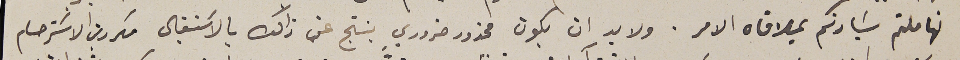
تهاملتم سَيادتكم بملاقاه الامر. ولا بد ان يكون محذور ضروري ينتج عن ذالك بالآسَتقبال مكررين الاسَترحام